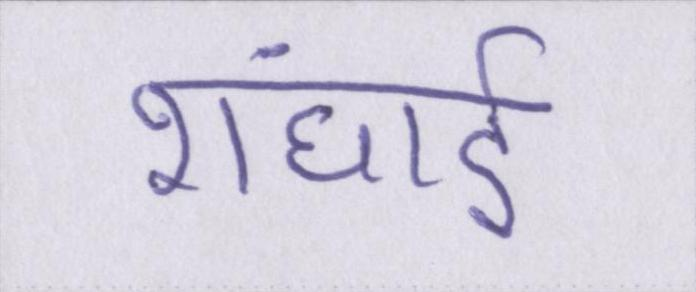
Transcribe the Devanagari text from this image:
शंघाई